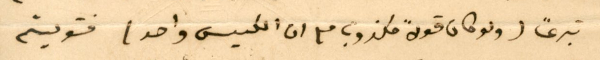
تبرعًا (ولو كان قولاً مكذوب مع ان الكيس واحد) فتوليتم